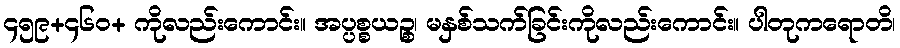
၄၅၉+၄၆၀+ ကိုလည်းကောင်း။ အပ္ပစ္စယဉ္စ၊ မနှစ်သက်ခြင်းကိုလည်းကောင်း။ ပါတုကရောတိ၊